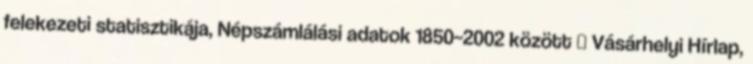
felekezeti statisztikája, Népszámlálási adatok 1850–2002 között ↑ Vásárhelyi Hírlap,